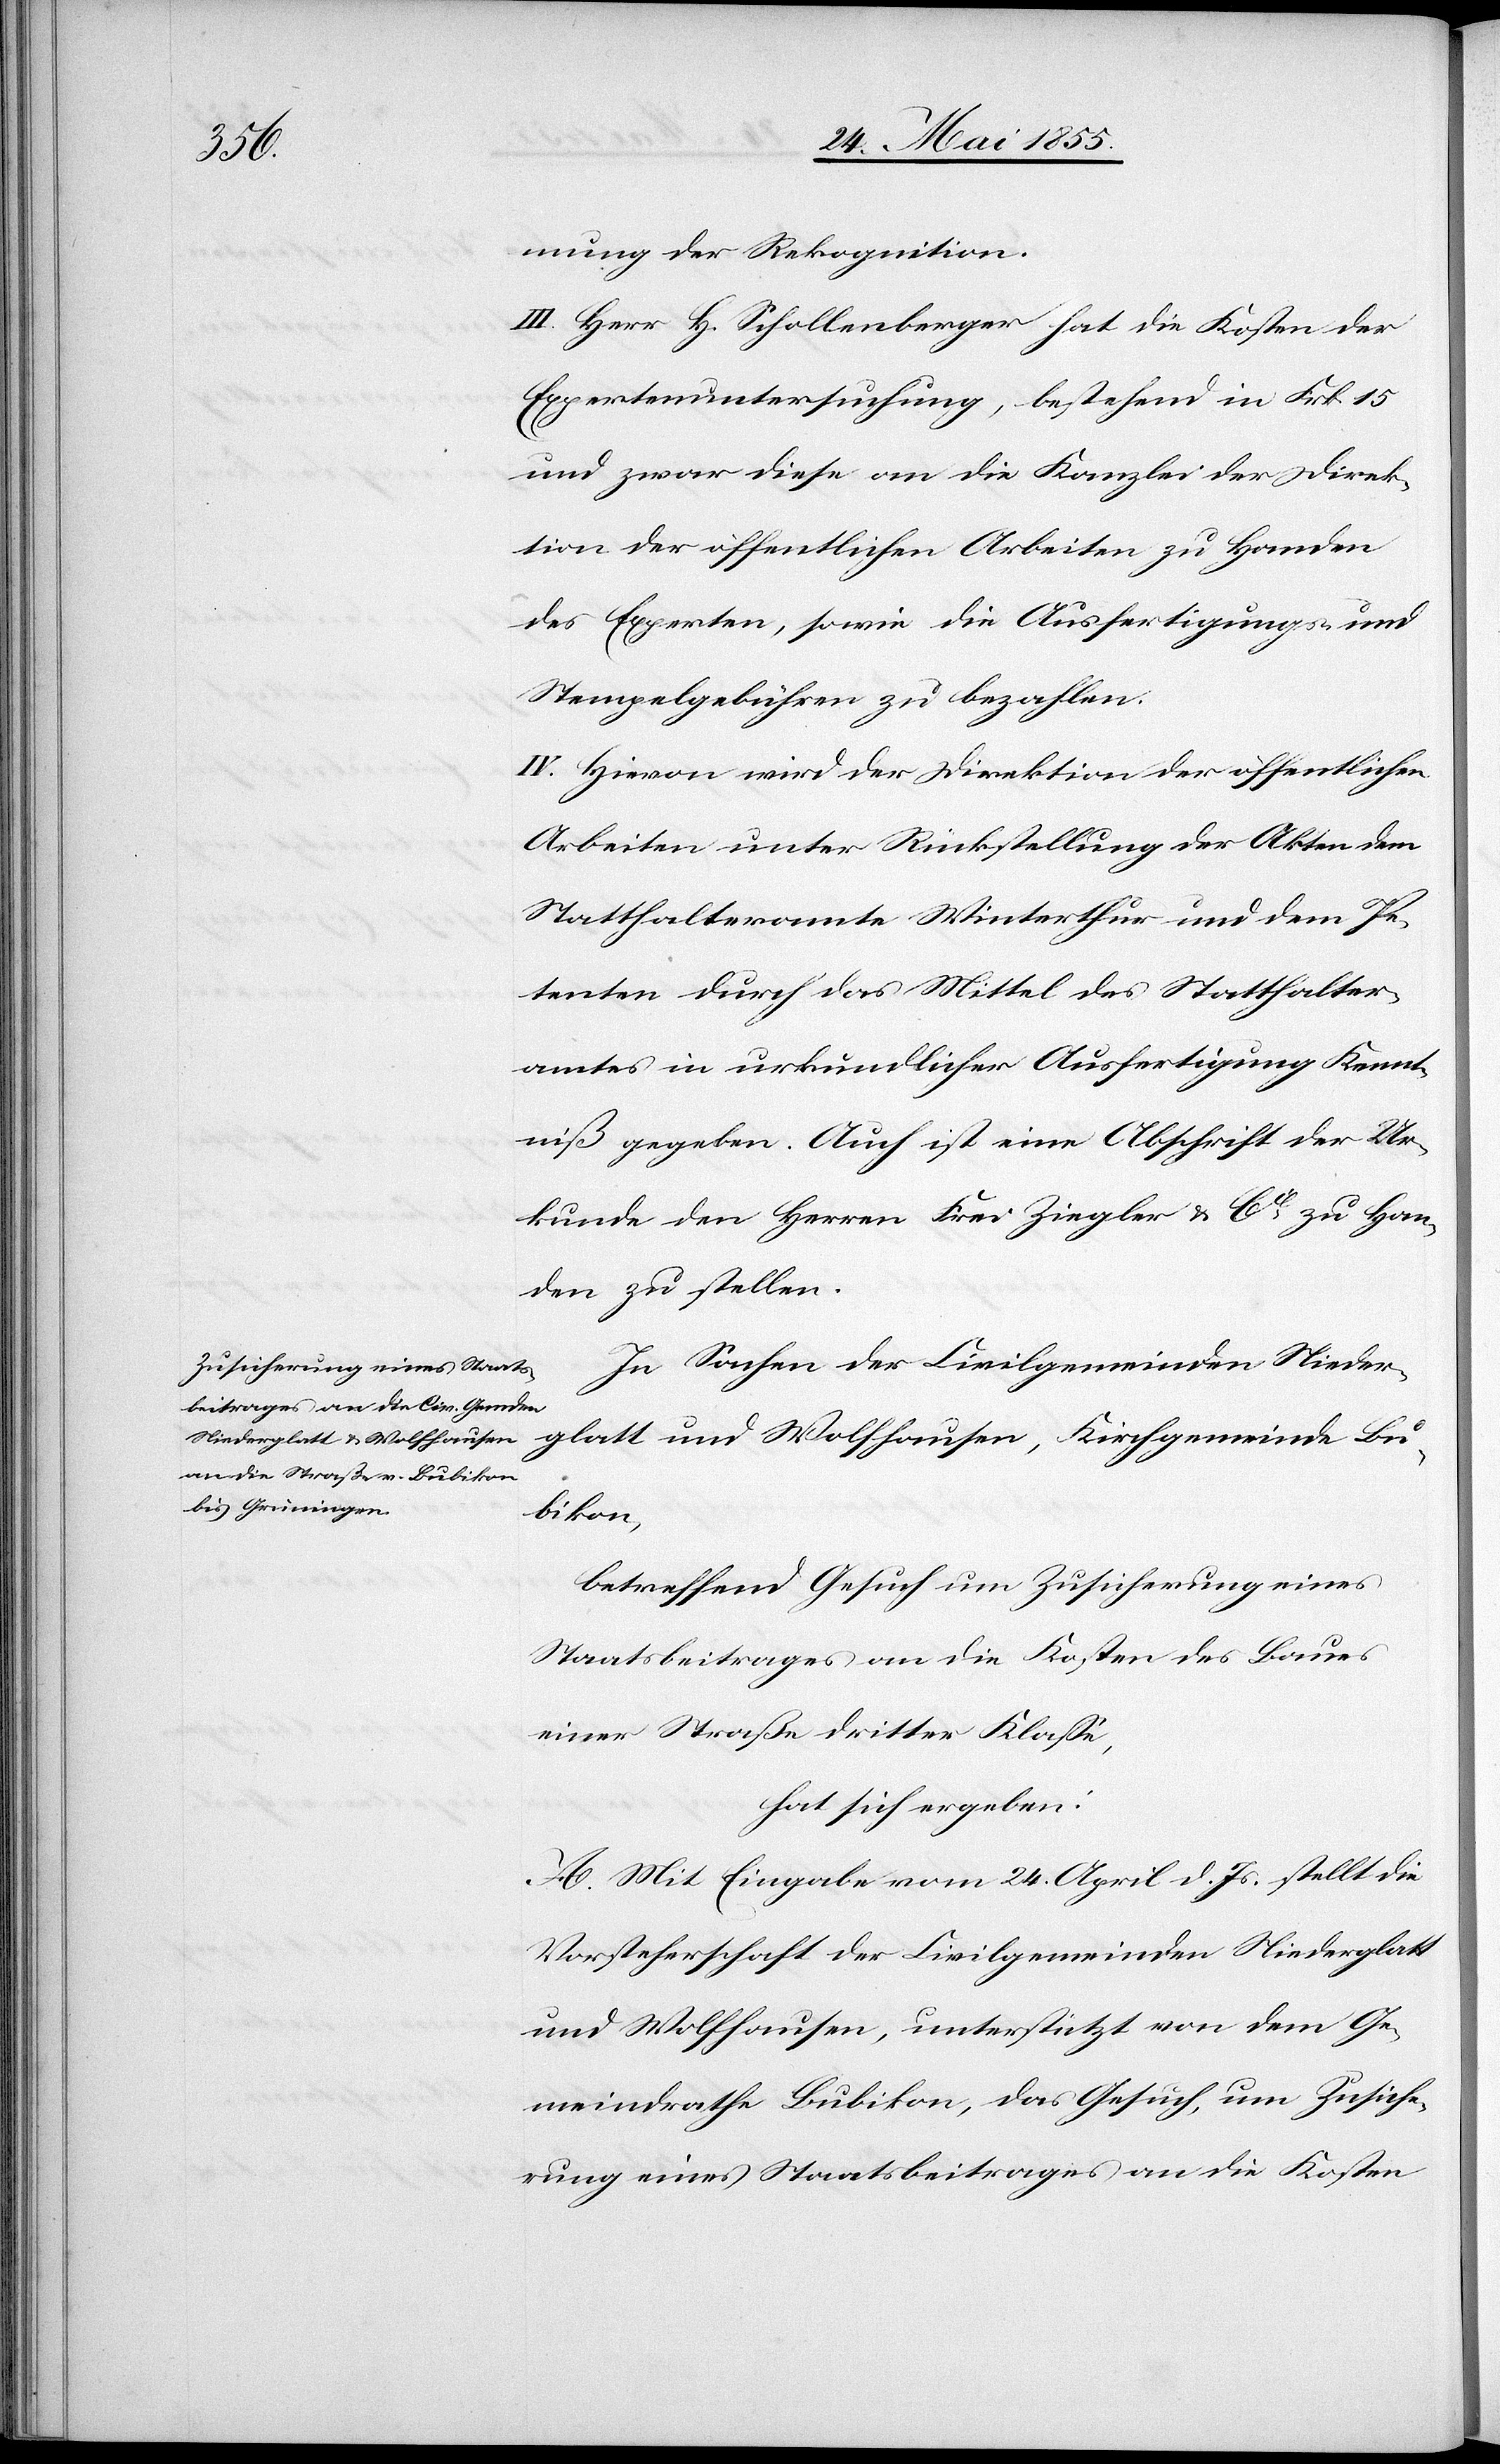
mung der Rekognition.
III. Herr H. Schollenberger hat die Kosten der
Expertenuntersuchung, bestehend in Frk. 15
und zwar diese an die Kanzlei der Direk¬
tion der öffentlichen Arbeiten zu Handen
des Experten, sowie die Ausfertigungs- und
Stempelgebühren zu bezahlen.
IV. Hievon wird der Direktion der öffentlichen
Arbeiten unter Rückstellung der Akten dem
Statthalteramte Winterthur und dem Pe¬
tenten durch das Mittel des Statthalter¬
amtes in urkundlicher Ausfertigung Kennt¬
niß gegeben. Auch ist eine Abschrift der Ur¬
kunde den Herren Frei Ziegler & Cie zu Han¬
den zu stellen.
In Sachen der Civilgemeinden Nieder¬
glatt und Wolfhausen, Kirchgemeinde Bu¬
bikon,
betreffend Gesuch um Zusicherung eines
Staatsbeitrages an die Kosten des Baues
einer Straße dritter Klasse,
hat sich ergeben:
A. Mit Eingabe vom 24. April d. Js. stellt die
Vorsteherschaft der Civilgemeinden Niederglatt
und Wolfhausen, unterstützt von dem Ge¬
meindrathe Bubikon, das Gesuch, um Zusiche¬
rung eines Staatsbeitrages an die Kosten